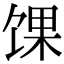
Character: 馃